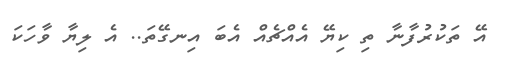
އޭ ތަކުރުފާނާ ތި ކިޔޭ އެއްޗެއް އެބަ އިނގޭތަ.. އެ ލިޔާ ވާހަކަ